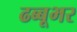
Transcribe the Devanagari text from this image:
ढब्बूभर